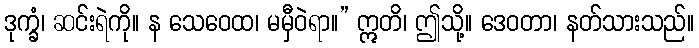
ဒုက္ခံ၊ ဆင်းရဲကို။ န သေဝေထ၊ မမှီဝဲရာ။” ဣတိ၊ ဤသို့။ ဒေဝတာ၊ နတ်သားသည်။